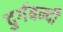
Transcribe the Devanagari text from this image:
दुर्गबन्दी